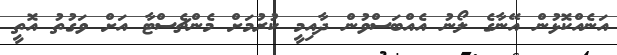
އަނެއްކޮޅުން އޭނާގެ ލޯނު އެއްބަސްވުން ދާއިމީ ކުރުމަށް މެންޗެސްޓާ އަށް ވަގުތު އޮތީ